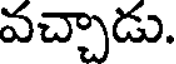
వచ్చాడు.